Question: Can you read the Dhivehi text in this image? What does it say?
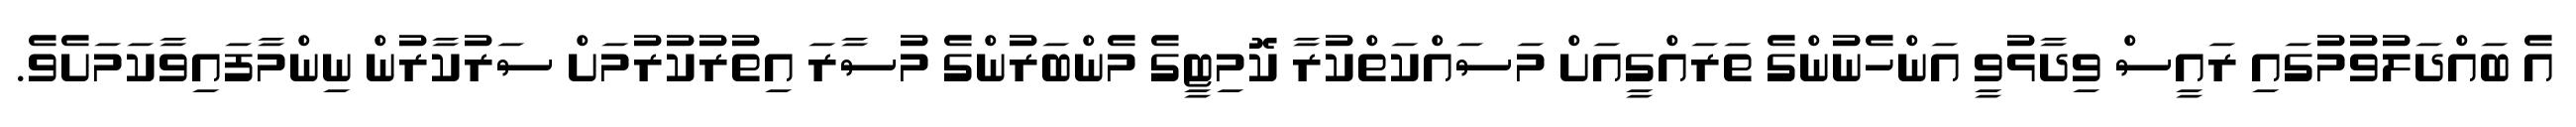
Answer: އެ ބައްދަލުވުމުގައި ރައީސް ވިދާޅުވީ އަންހެނުންގެ ތަރައްގީއަށް މަސައްކަތްކުރާ ކޮމިޓީގެ މެންބަރުންގެ މުސާރަ އިތުރުކުރުމަށް ސަރުކާރުން ނިންމާފައިވާކަމަށެވެ.